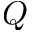
Q